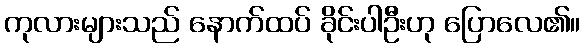
ကုလားများသည် နောက်ထပ် ခိုင်းပါဦးဟု ပြောလေ၏။